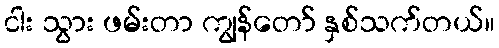
ငါး သွား ဖမ်းတာ ကျွန်တော် နှစ်သက်တယ်။